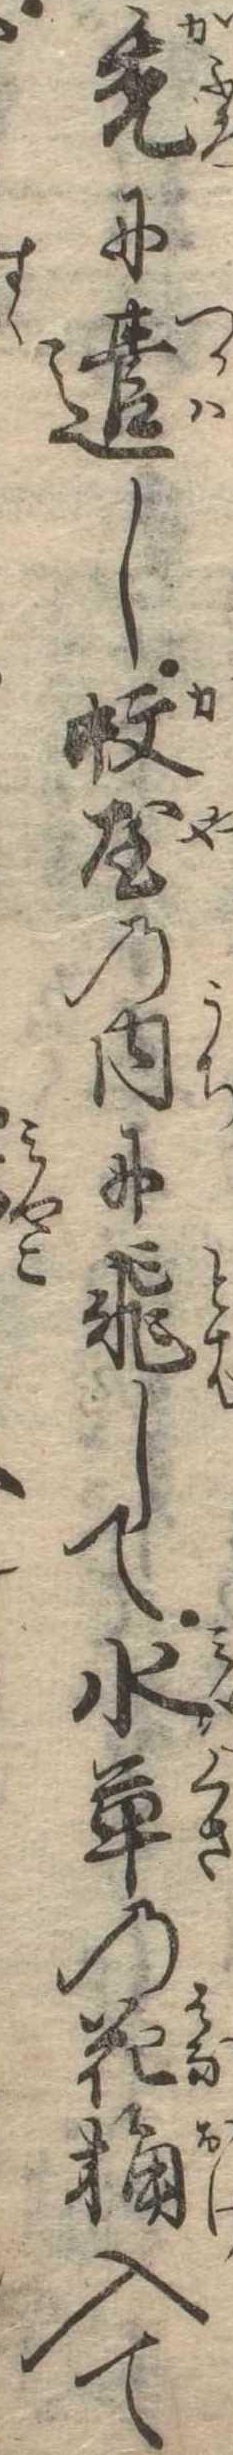
禿に遣し蚊屋の内に飛して水草の花桶入て